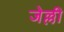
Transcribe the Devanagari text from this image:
जेल्ली